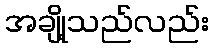
အချို့သည်လည်း